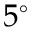
5 ^ { \circ }